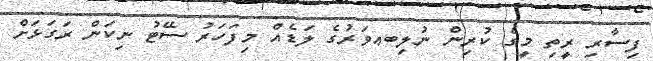
ފިސާރި ރީތި މީގެ ކުރިން ނުލިބޢވަރުގެ ލަޑެއް މިފަހަރު ސޭޓު ނިކަން ރަގަޅަށް